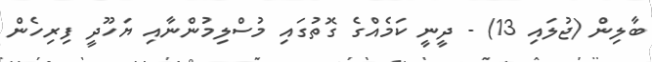
ބާލިން (ޖުލައި 13) - ދީނީ ކަމެއްގެ ގޮތުގައި މުސްލިމުންނާއި ޔަހޫދީ ފިރިހެން